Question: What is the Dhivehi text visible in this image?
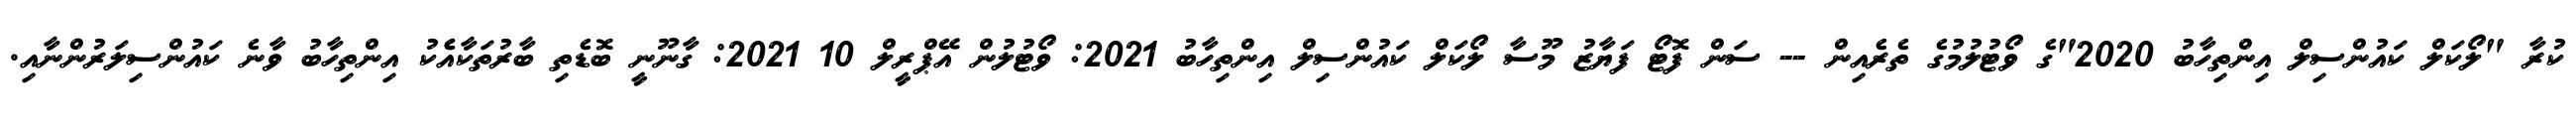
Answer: ކުރާ "ލޯކަލް ކައުންސިލް އިންތިހާބު 2020"ގެ ވޯޓުލުމުގެ ތެރެއިން -- ސަން ފޮޓޯ ފަޔާޒު މޫސާ ލޯކަލް ކައުންސިލް އިންތިހާބު 2021: ވޯޓުލުން އޭޕްރީލް 10 2021: ގާނޫނީ ބޮޑެތި ބާރުތަކާއެެކު އިންތިހާބު ވާނެ ކައުންސިލަރުންނާއި.